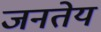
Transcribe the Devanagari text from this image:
जनतेय